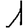
Digit: 1